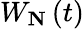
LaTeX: W_{\mathbf{N}}\left(t\right)